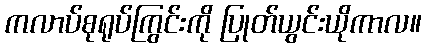
ကလာပ်စုရုပ်ကြွင်းကို ပြုတ်ယွင်းယိုကာလ။